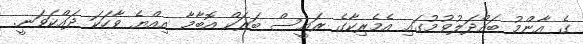
ގެ އާންމު ބައްދަލުވުމުގައި އެމެރިކާގެ ރައީސް ބަރަކް އޮބާމާ އިއްޔެ ވާހަކަ ދައްކަވަނީ.